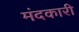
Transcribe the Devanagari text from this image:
मंदकारी